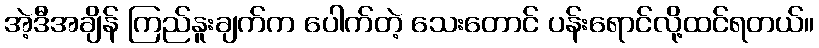
အဲ့ဒီအချိန် ကြည်နူးချက်က ပေါက်တဲ့ သေးတောင် ပန်းရောင်လို့ထင်ရတယ်။